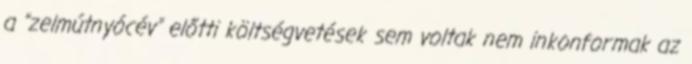
a "zelmútnyócév" előtti költségvetések sem voltak nem inkonformak az